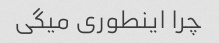
چرا اینطوری میگی